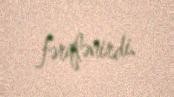
fərqlənirdi.